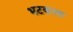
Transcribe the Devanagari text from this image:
भटकला